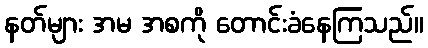
နတ်များ အမ အစကို တောင်းခံနေကြသည်။